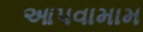
આપવામામ